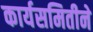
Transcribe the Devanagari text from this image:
कार्यसमितीने